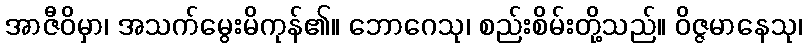
အာဇီဝိမှာ၊ အသက်မွေးမိကုန်၏။ ဘောဂေသု၊ စည်းစိမ်းတို့သည်။ ဝိဇ္ဇမာနေသု၊